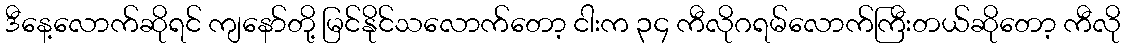
ဒီနေ့လောက်ဆိုရင် ကျနော်တို့ မြင်နိုင်သလောက်တော့ ငါးက ၃၄ ကီလိုဂရမ်လောက်ကြီးတယ်ဆိုတော့ ကီလို